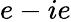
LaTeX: e-ie